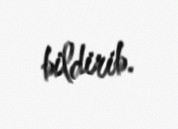
bildirib.